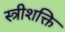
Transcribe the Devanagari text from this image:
स्त्रीशक्ति